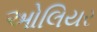
ઓલિયર